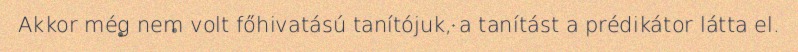
Akkor még nem volt főhivatású tanítójuk, a tanítást a prédikátor látta el.